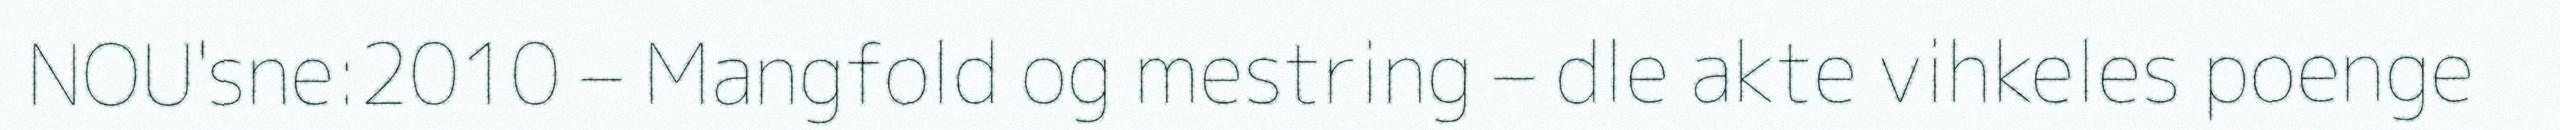
NOU'sne:2010 – Mangfold og mestring – dle akte vihkeles poenge